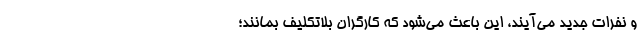
و نفرات جدید می‌آیند، این باعث می‌شود که کارگران بلاتکلیف بمانند؛